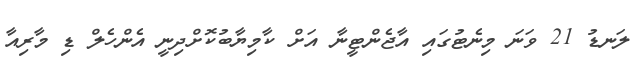
ލަނޑު 21 ވަނަ މިނެޓުގައި އާޖެންޓީނާ އަށް ކާމިޔާބުކޮށްދިނީ އެންހެލް ޑި މާރިއާ